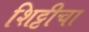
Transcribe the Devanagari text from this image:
शिट्टीचा